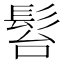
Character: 𩬠